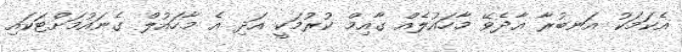
އެކަމަކު އަނބުރާ އާދެވޭ މާހައުލެއް ގާއިމް ކުރުމަކީ އަދި އެ މާހައުލް ގެނައުމަށްޓަކައި